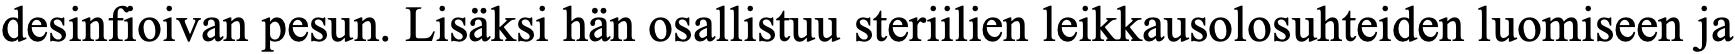
desinfioivan pesun. Lisäksi hän osallistuu steriilien leikkausolosuhteiden luomiseen ja